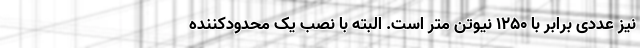
نیز عددی برابر با 1250 نیوتن متر است. البته با نصب یک محدودکننده